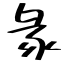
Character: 彖